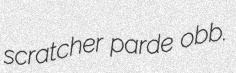
scratcher parde obb.